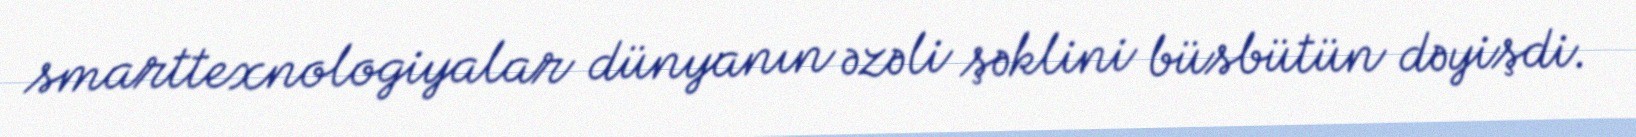
smarttexnologiyalar dünyanın əzəli şəklini büsbütün dəyişdi.